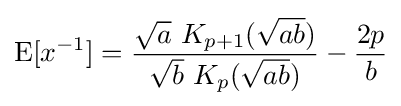
\operatorname {E} [x^{-1}]={\frac {{\sqrt {a}}\ K_{p+1}({\sqrt {ab}})}{{\sqrt {b}}\ K_{p}({\sqrt {ab}})}}-{\frac {2p}{b}}